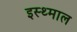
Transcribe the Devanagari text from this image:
इस्थ्माल